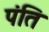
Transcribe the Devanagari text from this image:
पंति